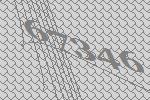
67346